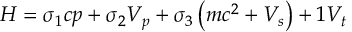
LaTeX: H = \sigma _ { 1 } c p + \sigma _ { 2 } V _ { p } + \sigma _ { 3 } \left( m c ^ { 2 } + V _ { s } \right) + 1 V _ { t }